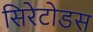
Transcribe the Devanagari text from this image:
सिरेटोडस